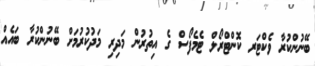
ބޭނުންކުރާ ވެކްޓަރ ކޮންޓްރޯލް ޓެމެފޯސް ގެ އިތުރުން މަދިރި މަދުކުރުމަށް ބޭނުންކުރާ ބައެއް